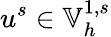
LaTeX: u^{s}\in\mathbb{V}_{h}^{1,s}